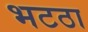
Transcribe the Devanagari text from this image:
भटठा